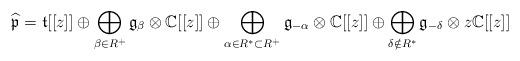
LaTeX: \begin{align*}\widehat{\mathfrak{p}} = \mathfrak{t}[[z]] \oplus \bigoplus_{\beta \in R^{+}}\mathfrak{g}_{\beta} \otimes \mathbb{C}[[z]] \oplus \bigoplus_{\alpha \in R^* \subset R^{+}} \mathfrak{g}_{-\alpha} \otimes \mathbb{C}[[z]] \oplus\bigoplus_{\delta \notin R^*} \mathfrak{g}_{-\delta} \otimes z\mathbb{C}[[z]]\end{align*}